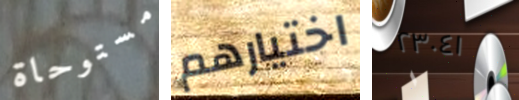
مستوحاة اختيارهم ٢٣٠٤١